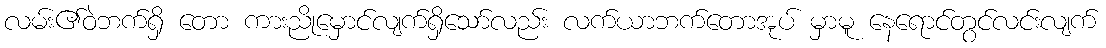
လမ်း၏ဝဲဘက်ရှိ တော ကားညိုမှောင်လျက်ရှိသော်လည်း လက်ယာဘက်တောအုပ် မှာမူ နေရောင်တွင်လင်းလျက်